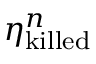
\eta _ { \mathrm { k i l l e d } } ^ { n }